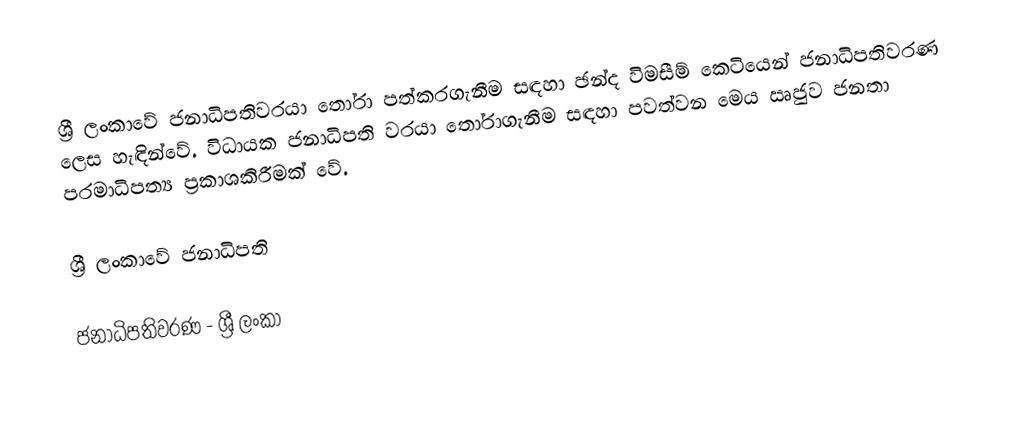
ශ්‍රී ලංකාවේ ජනාධිපතිවරයා තෝරා පත්කරගැනීම සඳහා ඡන්ද විමසීම් කෙටියෙන් ජනාධිපතිවරණ ලෙස හැඳින්වේ. විධායක ජනාධිපති වරයා තෝරාගැනීම සඳහා පවත්වන මෙය ඍජුව ජනතා පරමාධිපත්‍ය ප්‍රකාශකිරීමක් වේ.

ශ්‍රී ලංකාවේ ජනාධිපති

ජනාධිපතිවරණ - ශ්‍රී ලංකා